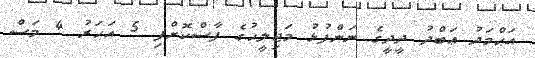
އަޙްމަދު ޢަބްދު ދީދީގެ ނަންފުޅު މަޖިލީހުގެ ފާސްކޮށްފި 5 އަހަރު 4 މަސް